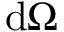
\mathrm { d } \Omega